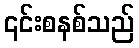
၎င်းစနစ်သည်